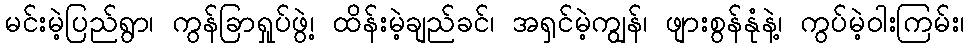
မင်းမဲ့ပြည်ရွာ၊ ကွန်ခြာရှုပ်ဖွဲ့၊ ထိန်းမဲ့ချည်ခင်၊ အရှင်မဲ့ကျွန်၊ ဖျားစွန်နုံနဲ့၊ ကွပ်မဲ့ဝါးကြမ်း၊